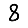
Digit: 8